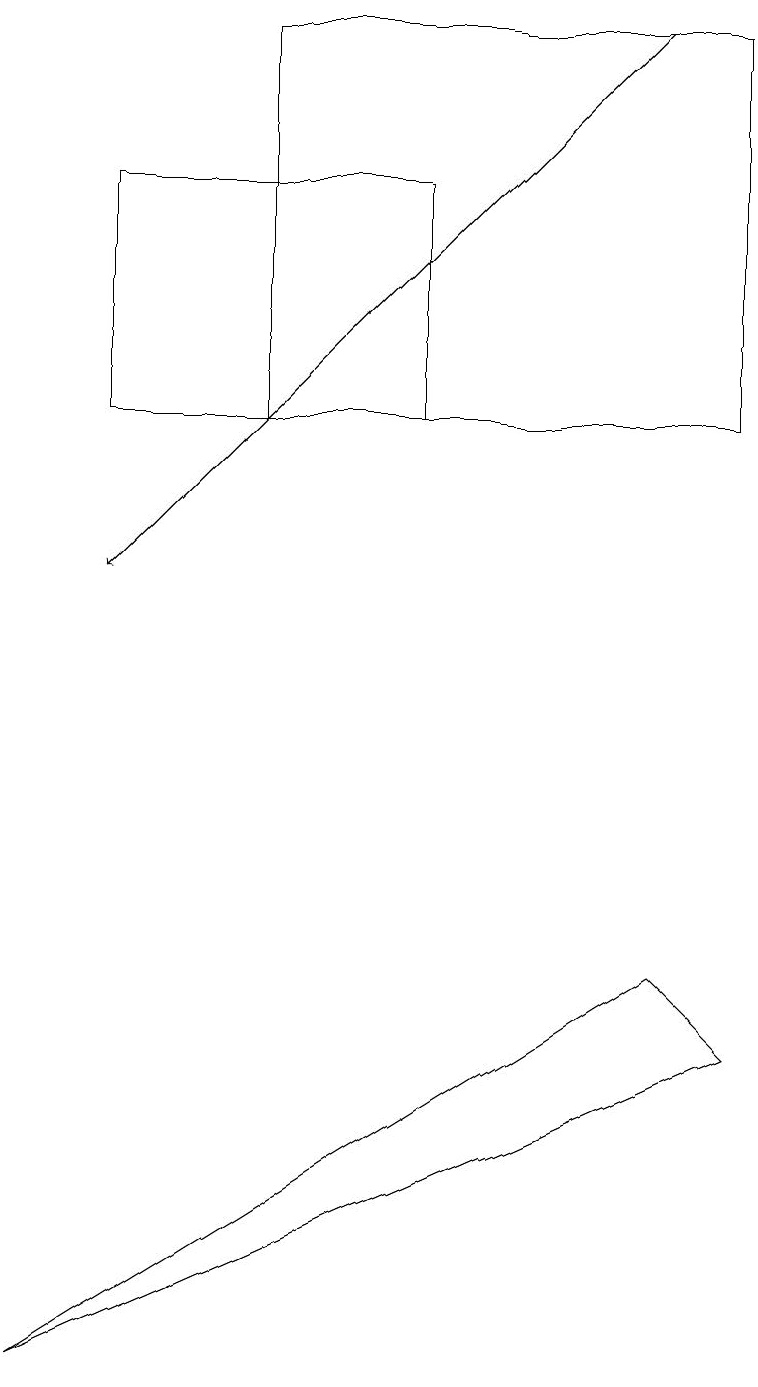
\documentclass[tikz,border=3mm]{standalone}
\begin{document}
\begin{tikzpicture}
\draw[->] (8,17) -- (1,10);
\draw (9,12) rectangle (3,17);
\draw (8,5) -- (9,4) -- (0,0) -- cycle;
\draw (5,12) rectangle (1,15);
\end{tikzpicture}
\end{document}